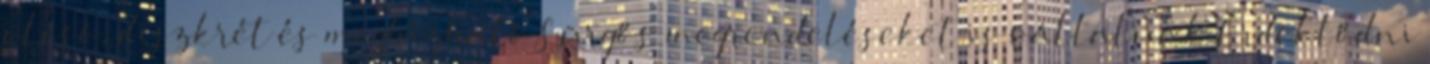
olcsó, diszkrét és megbízható Sürgős megrendeléseket is vállalunk Érdeklődni